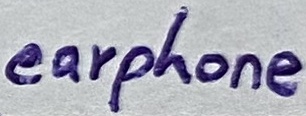
Text: earphone